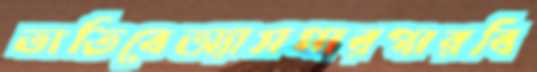
তাতিবেঅ্যাসপারগারবি